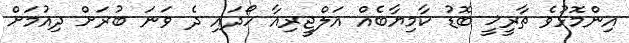
އިންމޮޅުވެ ތާރީޚީ ބޮޑު ކާމިޔާބެއް އަލްޖީރިއާ ހޯދައި ދެ ވަނަ ބުރަށް ދިއުމަށް